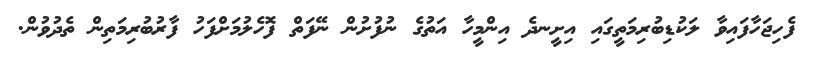
ފެހިޖަހާފައިވާ ލަކުޑިބުރިމަތީގައި އިށީނދެ އިންމީހާ އަތުގެ ނުފުށުން ނޭފަތް ފޮހެލުމަށްފަހު ފާރުބުރިމަތިން ތެދުވުން.